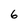
Character: 6